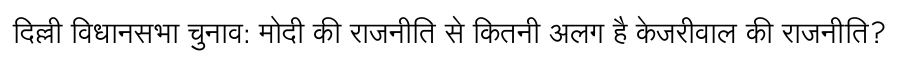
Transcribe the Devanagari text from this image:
दिल्ली विधानसभा चुनाव: मोदी की राजनीति से कितनी अलग है केजरीवाल की राजनीति?